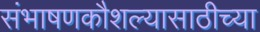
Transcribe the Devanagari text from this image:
संभाषणकौशल्यासाठीच्या